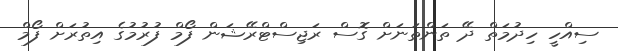
ސިއްހީ ހިދުމަތް ދޭ ތަންތަނަށް ގޮސް ރަޖިސްޓްރޭޝަން ފޯމް ފުރުމުގެ އިތުރަށް ފޯމް